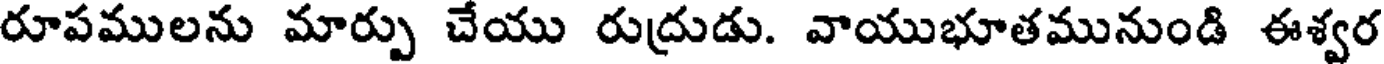
రూపములను మార్పు చేయు రుద్రుడు. వాయుభూతమునుండి ఈశ్వర